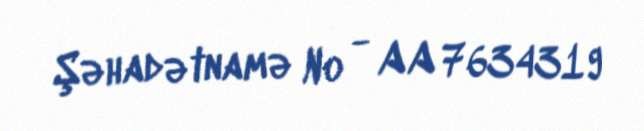
Şəhadətnamə № - AA 7634319